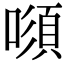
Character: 𠾫